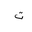
Letter: _ta